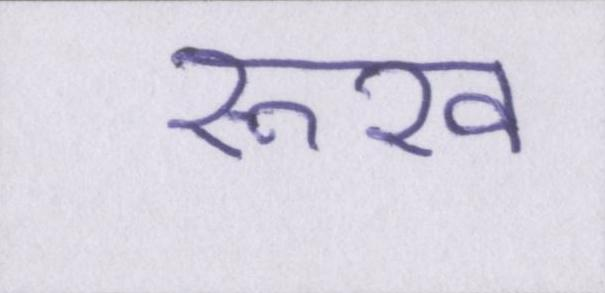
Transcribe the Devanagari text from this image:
रूख